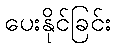
ပေးနိုင်ခြင်း